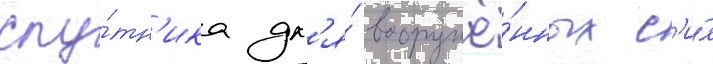
спу́тн'ика дл'я́ вооружё́нных с'и́л